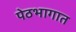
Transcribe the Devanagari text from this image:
पेठभागात